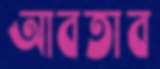
আবতাব